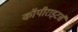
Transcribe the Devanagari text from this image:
कॉपीराइटर्स